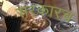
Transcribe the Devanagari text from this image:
सरकारच